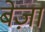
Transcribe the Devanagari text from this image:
बेज़ा